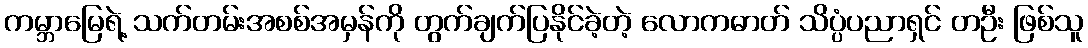
ကမ္ဘာမြေရဲ့ သက်တမ်းအစစ်အမှန်ကို တွက်ချက်ပြနိုင်ခဲ့တဲ့ လောကဓာတ် သိပ္ပံပညာရှင် တဦး ဖြစ်သူ